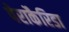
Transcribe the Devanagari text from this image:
पेराकैरिडा